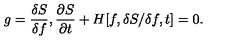
g = \frac { \delta S } { \delta f } , \frac { \partial S } { \partial t } + H [ f , \delta S / \delta f , t ] = 0 .